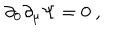
\partial _ { 0 } \partial _ { \mu } \Psi = 0 \ ,